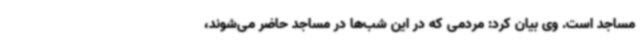
مساجد است. وی بیان کرد: مردمی که در این شب‌ها در مساجد حاضر می‌شوند،